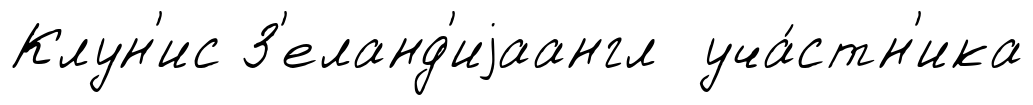
Клун'ис З'еланд'иjаангл уча́стн'ика